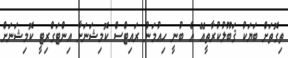
ތިގޮތަށް ބަޔަކު ޤަބޫލުކުރާތީއޭ އެ ބުނީ ހިއުމަން ރައިޓްސް ކޮމިޝަނަށާ އިންޓަގްރިޓީ ކޮމިޝަނަށް